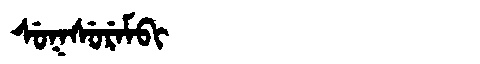
Manchu: ᠰᡠᡴᠰᡠᡵᡝᠮᠪᡳ
Romanization: SUKSUREMBI